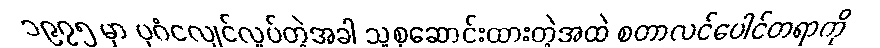
၁၉၇၅ မှာ ပုဂံငလျင်လှုပ်တဲ့အခါ သူစုဆောင်းထားတဲ့အထဲ စတာလင်ပေါင်တရာကို